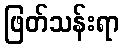
ဖြတ်သန်းရာ